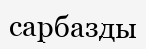
сарбазды